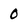
Character: 0